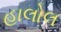
હાલોલ